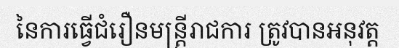
នៃការធ្វើជំរឿនមន្ត្រីរាជការ ត្រូវបានអនុវត្ត